Vaccination United Provinces of Agra and Oudh 1923-1928 - 1923-1928
Year: 1923
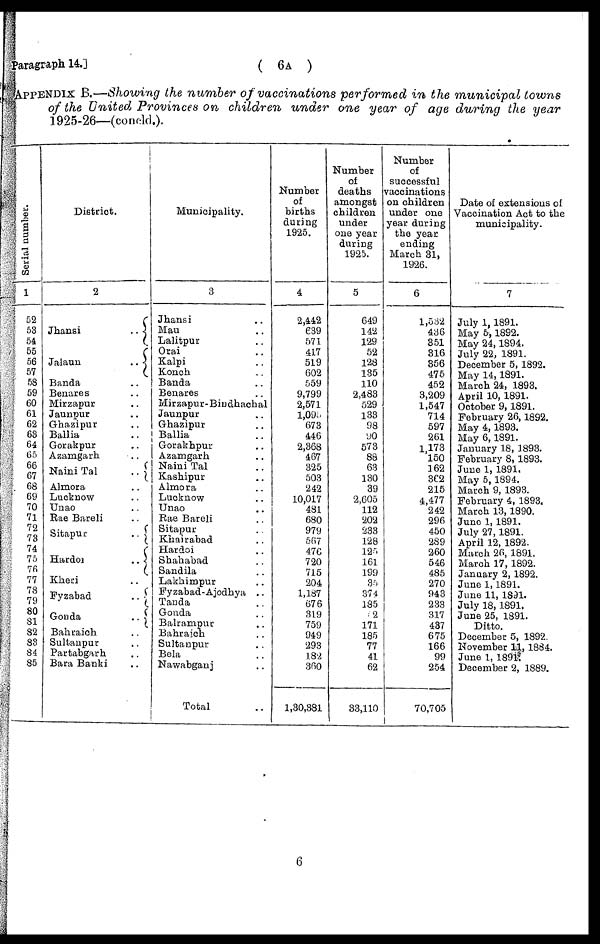
Paragraph. 14.]
( 6A )
APPENDIX B.—Showing the number of vaccinations performed in the municipal
towns
of the United Provinces on children under one year of age during the year
1925-26—(concld.).
Serial number.
1
52
53
54
55
56
57
58
59
60
61
62
63
64
65
66
67
68
69
70
71
72
73
74
75
76
77
78
79
80
81
82
83
84
85
District.
2
Jhansi
..
Jalaun
..
Banda ..
Benares ..
Mirzapur ..
Jaunpur ..
Ghazipur ..
Ballia ..
Gorakpur ..
Azamgarh ..
Naini Tal
..
Almora ..
Lucknow ..
Unao ..
Rae Bareli ..
Sitapur
..
Hardoi
..
Kheri ..
Fyzabad
..
Gonda
..
Bahraich ..
Sultanpur ..
Partabgarh ..
Bara Banki ..
Municipality.
3
Jhansi ..
Mau ..
Lalitpur ..
Orai ..
Kalpi ..
Konch ..
Banda ..
Benares ..
Mirzapur-Bindhachal
Jaunpur ..
Ghazipur ..
Ballia ..
Gorakhpur ..
Azamgarh ..
Naini Tal ..
Kashipur ..
Almora ..
Lucknow ..
Unao ..
Rae Bareli ..
Sitapur ..
Khairabad ..
Hardoi ..
Shahabad ..
Sandila ..
Lakhimpur ..
Fyzabad-Ajodhya ..
Tanda ..
Gonda ..
Balrampur ..
Bahraich ..
Sultanpur ..
Bela ..
Nawabganj ..
Total ..
Number
of
births
during
1925.
4
2,442
639
571
417
519
602
559
9,799
2,571
l,095
673
446
2,368
467
325
503
242
10,017
481
680
979
567
476
720
715
204
1,187
676
319
759
949
293
182
360
1,30,381
Number
of
deaths
amongst
children
under
one year
during
1925.
5
649
142
129
52
128
135
110
2,483
529
133
98
90
573
88
63
130
39
2,605
112
202
233
128
125
161
199
35
374
185
5 2
171
185
77
41
62
33,110
Number
of
successful
vaccinations
on children
under one
year during
the year
ending
March 31,
1926.
6
1,532
436
351
316
856
475
452
3,209
1,547
714
597
261
1,173
150
162
362
215
4,477
242
296
450
289
260
546
485
270
943
233
317
437
675
166
99
254
70,705
Date of extensions of
Vaccination Act to the
municipality.
7
July 1, 1891.
May 5, 1892.
May 24,1894.
July 22, 1891.
December 5, 1892.
May 14,1891.
March 24, 1893.
April 10, 1891.
October 9,1891.
February 26, 1892.
May 4, 1893.
May 6, 1891.
January 18, 1893.
February 8,1893.
June 1, 1891.
May 5, 1894.
March 9, 1893.
February 4, 1893.
March 13, 1890.
June 1, 1891.
July 27, 1891.
April 12, 1892.
March 26, 1891.
March 17, 1892.
January 2, 1892.
June 1,1891.
June 11, 1891.
July 18, 1891,
June 25, 1891.
Ditto.
December 5, 1892.
November 11, 1884.
June 1, 1891.
December 2, 1889.
6